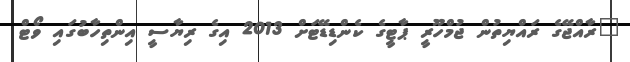
"ރާއްޖޭގެ ރައްޔިތުން ޖުމްހޫރީ ޕާޓީގެ ކެންޑިޑޭޓަށް 2013 އިގެ ރިޔާސީ އިންތިހާބުގައި ވޯޓް